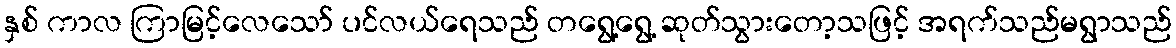
နှစ် ကာလ ကြာမြင့်လေသော် ပင်လယ်ရေသည် တရွေ့ရွေ့ ဆုတ်သွားတော့သဖြင့် အရက်သည်မရွာသည်